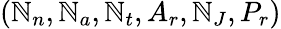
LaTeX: (\mathbb{N}_{n},\mathbb{N}_{a},\mathbb{N}_{t},A_{r},\mathbb{N}_{J},P_{r})